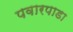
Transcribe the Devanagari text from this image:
पवारपाडा